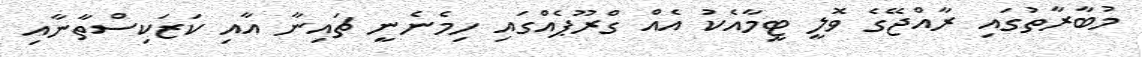
މުބާރާތުގައި ރާއްޖޭގެ ވޮލީ ޓީމާއެކު އެއް ގްރޫޕެއްގައި ހިމެނެނީ ޗައިނާ އާއި ކަޒަކިސްތާނާއި